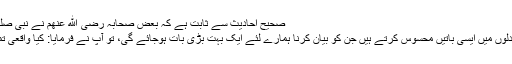
صحیح احادیث سے ثابت ہے کہ بعض صحابہ رضی الله عنهم نے نبی صلى الله علیہ وسلم سے پوچھا :
اے اللہ کے رسول؛ ہم اپنے دلوں میں ایسی باتیں محسوس کرتے ہیں جن کو بیان کرنا ہمارے لئے ایک بہت بڑی بات ہوجائے گی، تو آپ نے فرمایا: کیا واقعی تمہیں اس کا احساس ہوتا ہے؟